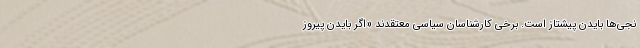
نجی‌ها بایدن پیشتاز است. برخی کارشناسان سیاسی معتقدند «اگر بایدن پیروز